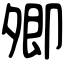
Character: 𡖖